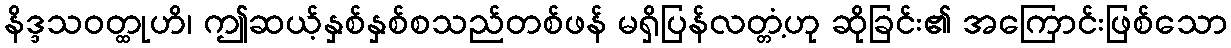
နိဒ္ဒသဝတ္ထုဟိ၊ ဤဆယ့်နှစ်နှစ်စသည်တစ်ဖန် မရှိပြန်လတ္တံ့ဟု ဆိုခြင်း၏ အကြောင်းဖြစ်သော